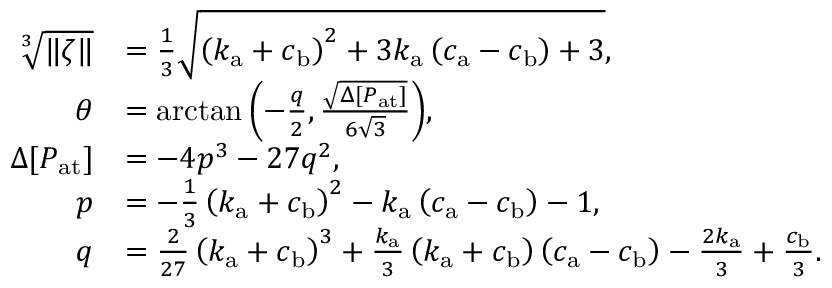
\begin{array} { r l } { \sqrt [ 3 ] { \| \zeta \| } } & { = \frac { 1 } { 3 } \sqrt { \left( k _ { \mathrm { a } } + c _ { \mathrm { b } } \right) ^ { 2 } + 3 k _ { \mathrm { a } } \left( c _ { \mathrm { a } } - c _ { \mathrm { b } } \right) + 3 } , } \\ { \theta } & { = \arctan { \left( - \frac { q } { 2 } , \frac { \sqrt { \Delta [ P _ { \mathrm { a t } } ] } } { 6 \sqrt { 3 } } \right) } , } \\ { \Delta [ P _ { \mathrm { a t } } ] } & { = - 4 p ^ { 3 } - 2 7 q ^ { 2 } , } \\ { p } & { = - \frac { 1 } { 3 } \left( k _ { \mathrm { a } } + c _ { \mathrm { b } } \right) ^ { 2 } - k _ { \mathrm { a } } \left( c _ { \mathrm { a } } - c _ { \mathrm { b } } \right) - 1 , } \\ { q } & { = \frac { 2 } { 2 7 } \left( k _ { \mathrm { a } } + c _ { \mathrm { b } } \right) ^ { 3 } + \frac { k _ { \mathrm { a } } } { 3 } \left( k _ { \mathrm { a } } + c _ { \mathrm { b } } \right) \left( c _ { \mathrm { a } } - c _ { \mathrm { b } } \right) - \frac { 2 k _ { \mathrm { a } } } { 3 } + \frac { c _ { \mathrm { b } } } { 3 } . } \end{array}